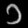
Digit: ၁